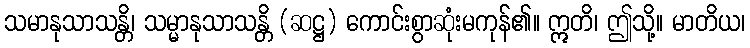
သမာနုသာသန္တိ၊ သမ္မာနုသာသန္တိ (ဆဋ္ဌ) ကောင်းစွာဆုံးမကုန်၏။ ဣတိ၊ ဤသို့။ မာတိယ၊